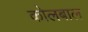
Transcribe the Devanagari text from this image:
कोलबाल